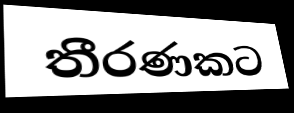
තීරණකට